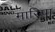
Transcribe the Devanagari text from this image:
मारिपा